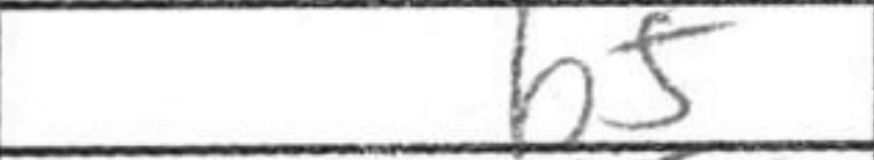
Transcription: b5